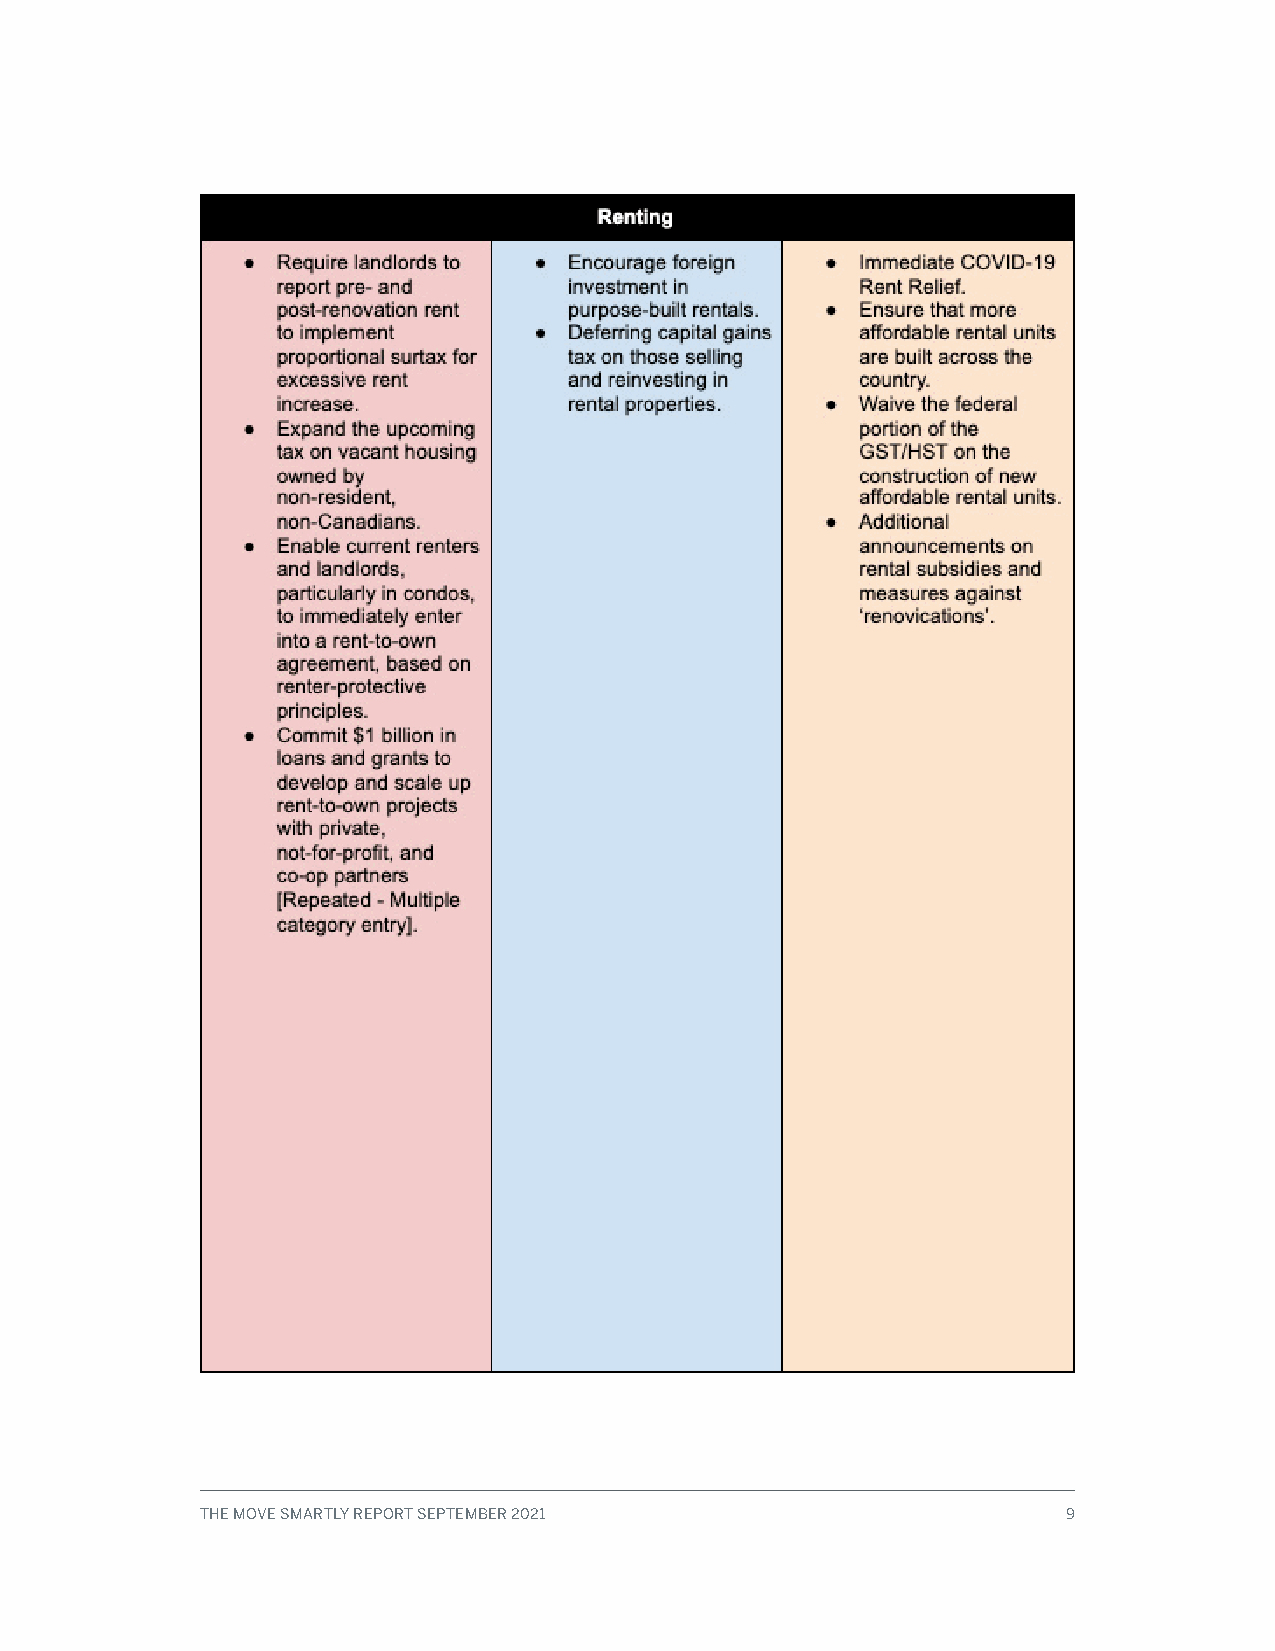
THE MOVE SMARTLY REPORT SEPTEMBER 2021                    9